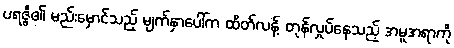
ပရဇ္ဇီ၏ မည်းမှောင်သည့် မျက်နှာပေါ်က ထိတ်လန့် တုန်လှုပ်နေသည့် အမူအရာကို